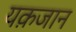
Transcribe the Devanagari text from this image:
यक़जान